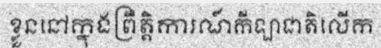
ខ្លួននៅក្នុងព្រឹត្តិការណ៍កីឡាជាតិលើក